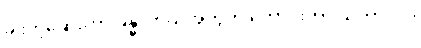
ခါးတဲ့ဆေးဟာ ခန္ဓာကိုယ်အတွက် ကောင်းတာ သဘာဝပဲ။